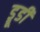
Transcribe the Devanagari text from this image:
ड्रूडी